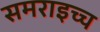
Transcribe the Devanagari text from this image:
समराइच्च